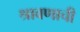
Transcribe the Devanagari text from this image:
श्रावणाची